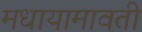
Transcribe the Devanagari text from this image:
मधायामावती